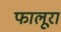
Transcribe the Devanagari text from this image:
फालूरा